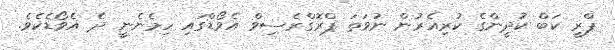
ޕްރީ ކަބް ކުދީންގެ ކުރިއެރުން ނުވަތަ ޕްރޮގްރެސިވް އެވޯޑްގައި ހިމެނެނީ ދެ އެވޯޑެކެވެ.